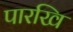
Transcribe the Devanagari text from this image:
पारखि